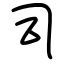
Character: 司